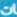
ات